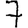
Digit: 7